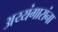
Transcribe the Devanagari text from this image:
अय्यंगारांना